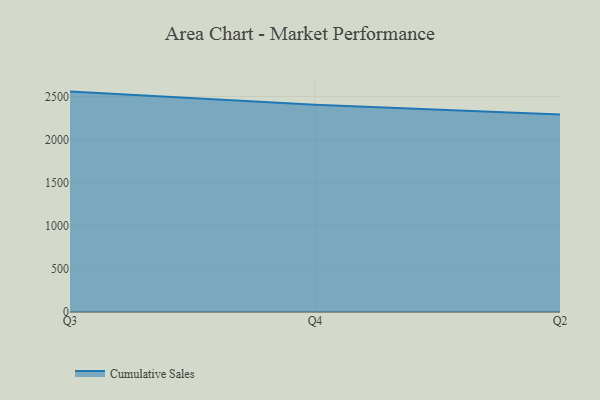
{"axis": {"x": "Quarter", "y": "Website Visitors"}, "legend": ["Cumulative Sales"], "data": [{"x": "Q3", "y": 2556.9, "type": "Cumulative Sales"}, {"x": "Q4", "y": 2403.6, "type": "Cumulative Sales"}, {"x": "Q2", "y": 2292.0, "type": "Cumulative Sales"}]}